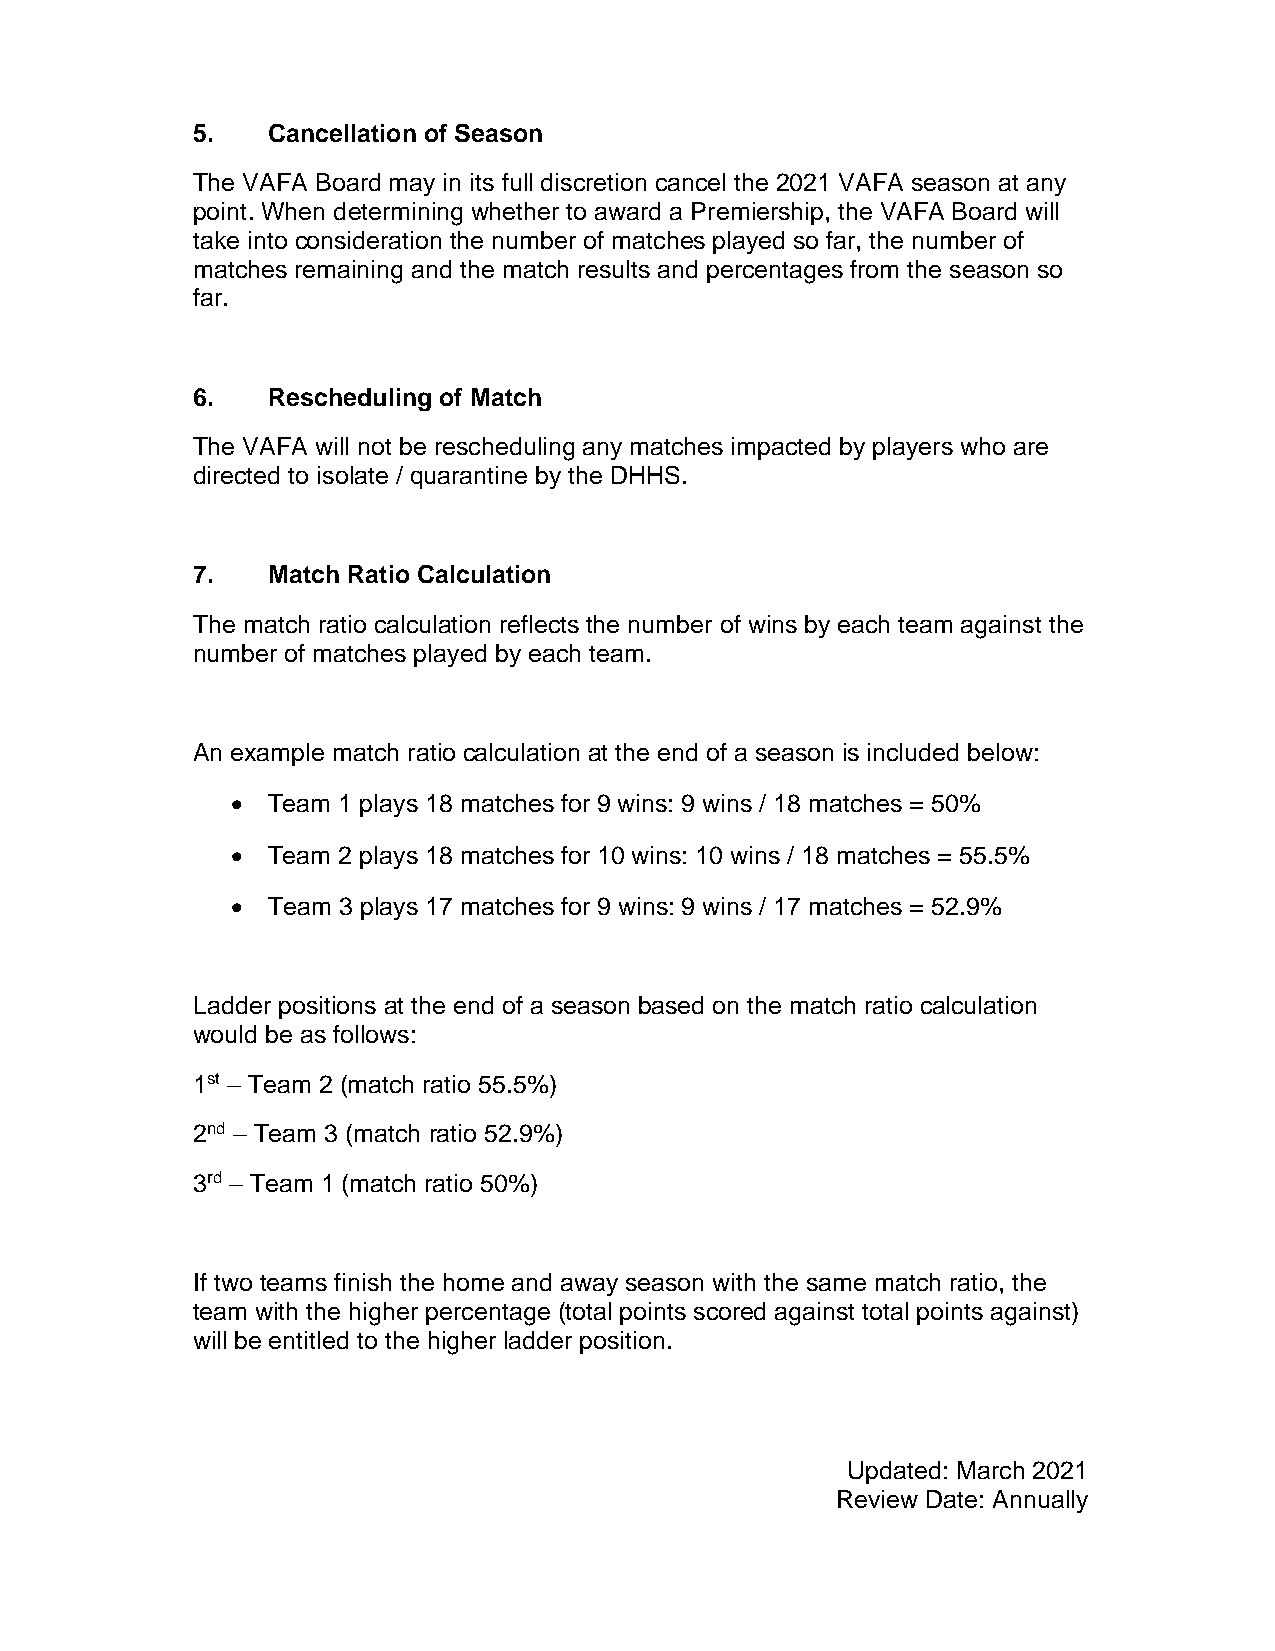
5.   Cancellation of Season
 The VAFA Board may in its full discretion cancel the 2021 VAFA season at any
 point. When determining whether to award a Premiership, the VAFA Board will
 take into consideration the number of matches played so far, the number of
 matches remaining and the match results and percentages from the season so
 far.
 6.   Rescheduling of Match
 The VAFA will not be rescheduling any matches impacted by players who are
 directed to isolate / quarantine by the DHHS.
 7.   Match Ratio Calculation
 The match ratio calculation reflects the number of wins by each team against the
 number of matches played by each team.
 An example match ratio calculation at the end of a season is included below:
 •  Team 1 plays 18 matches for 9 wins: 9 wins / 18 matches = 50%
 •  Team 2 plays 18 matches for 10 wins: 10 wins / 18 matches = 55.5%
 •  Team 3 plays 17 matches for 9 wins: 9 wins / 17 matches = 52.9%
 Ladder positions at the end of a season based on the match ratio calculation
 would be as follows:
 1st – Team 2 (match ratio 55.5%)
 2nd – Team 3 (match ratio 52.9%)
 3rd – Team 1 (match ratio 50%)
 If two teams finish the home and away season with the same match ratio, the
 team with the higher percentage (total points scored against total points against)
 will be entitled to the higher ladder position.
 Updated: March 2021
 Review Date: Annually